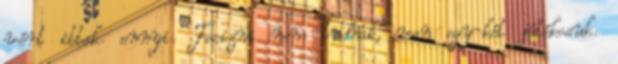
vért ittak. ennyi. Focizni nem tudnak, van egy-két játékosuk.